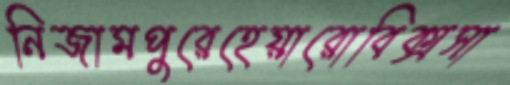
নিজামপুরেহেয়ারোবিক্সসা